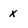
Character: x